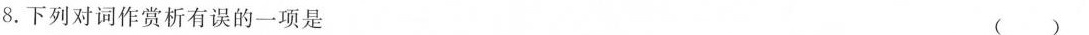
8.下列对词作赏析有误的一项是（）